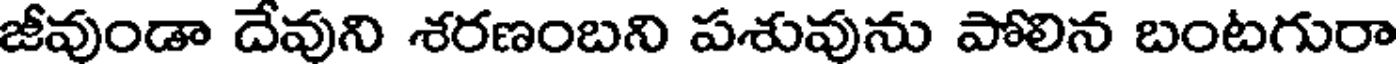
జీవుండా దేవుని శరణంబని పశువును పోలిన బంటగురా